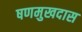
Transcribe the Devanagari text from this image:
षणमुखदास